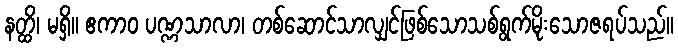
နတ္ထိ၊ မရှိ။ ဧကာဝ ပဏ္ဏသာလာ၊ တစ်ဆောင်သာလျှင်ဖြစ်သောသစ်ရွက်မိုးသောဇရပ်သည်။